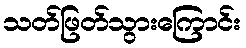
သတ်ဖြတ်သွားကြောင်း